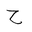
Letter: _ha